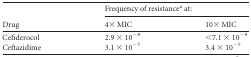
<table><thead><tr><td rowspan="2"><b>Drug</b></td><td colspan="2"><b>Frequency of resistance<sup><i>a</i></sup> at:</b></td></tr><tr><td><b>4× MIC</b></td><td><b>10× MIC</b></td></tr></thead><tbody><tr><td>Cefiderocol</td><td>2.9 × 10<sup>−8</sup></td><td>&lt;7.1 × 10<sup>−9</sup></td></tr><tr><td>Ceftazidime</td><td>3.1 × 10<sup>−7</sup></td><td>3.4 × 10<sup>−7</sup></td></tr></tbody></table>